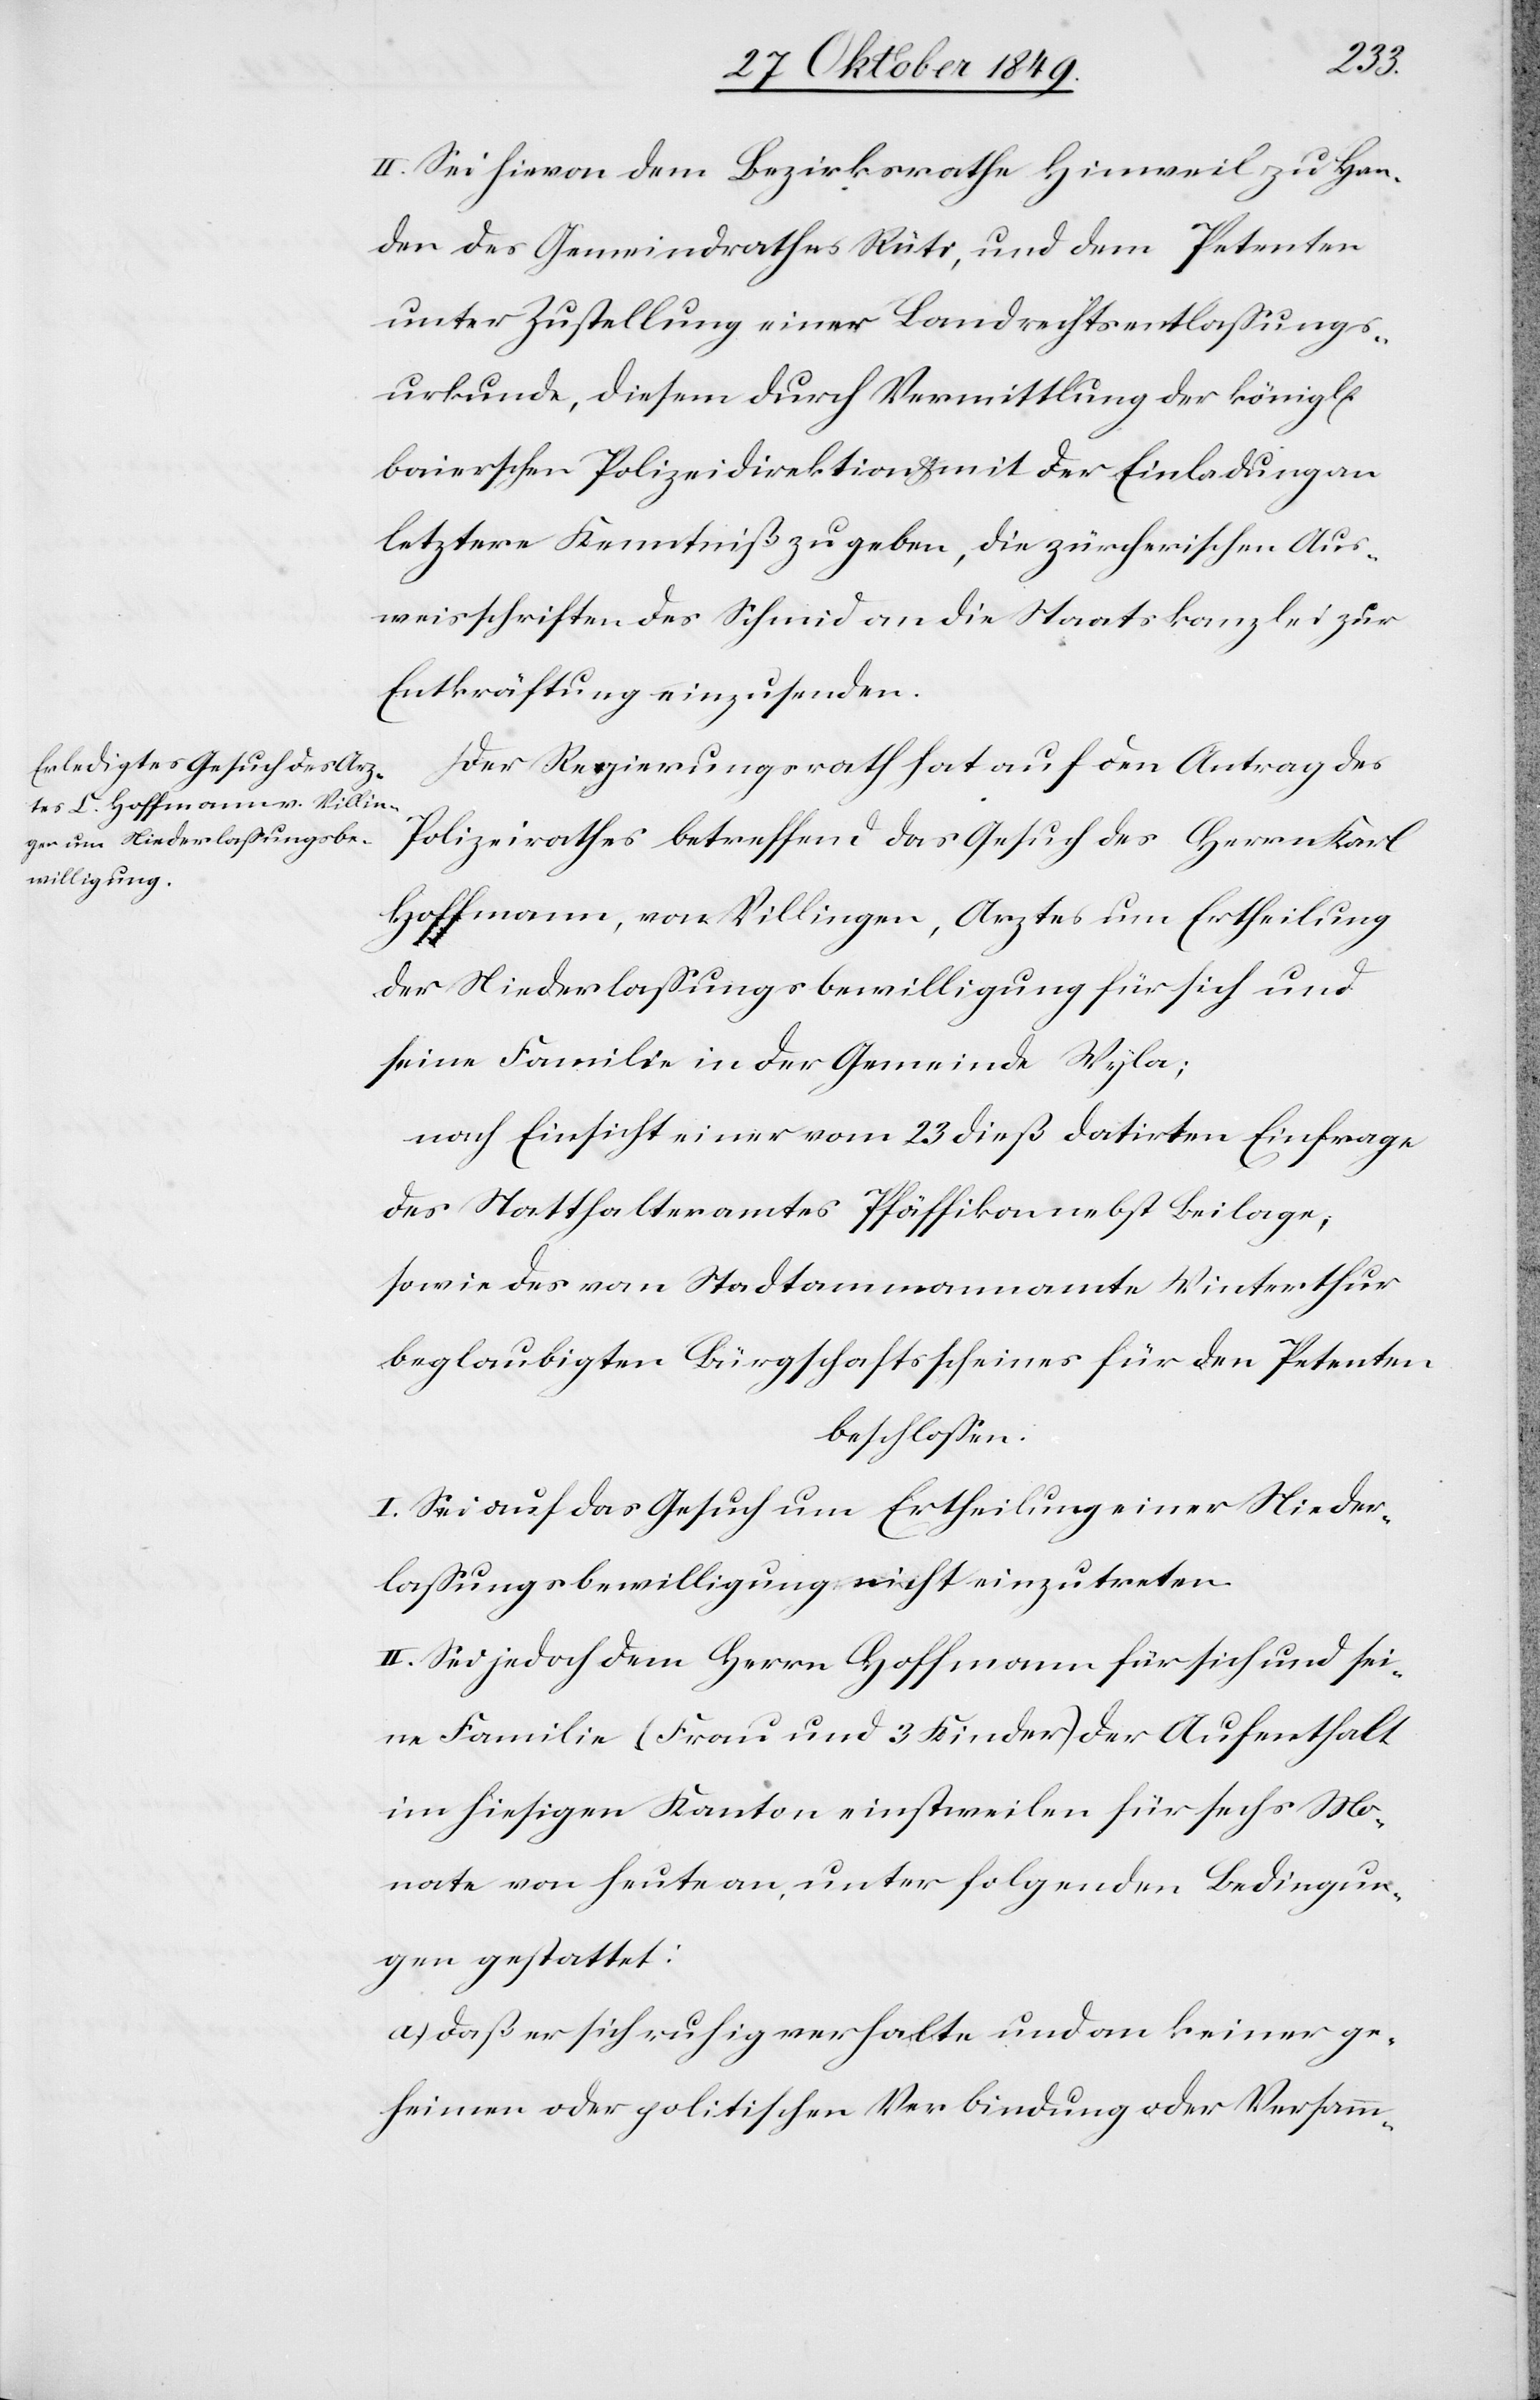
hen]
II. Sei hievon dem Bezirksrathe Hinweil zu Han¬
den des Gemeindrathes Rüti, und dem Petenten
unter Zustellung einer Landrechtsentlaßungs¬
urkunde, diesem durch Vermittlung der königl[ic¬
baierschen Polizeidirektion u. mit der Einladung an
letztere Kenntniß zu geben, die zürcherischen Aus¬
weisschriften des Schmid an die Staatskanzlei zur
Entkräftung einzusenden.
Der Regierungsrath hat auf den Antrag des
Polizeirathes betreffend das Gesuch des Herrn Karl
Hoffmann, von Villingen, Arztes um Ertheilung
der Niederlaßungsbewilligung für sich und
seine Familie in der Gemeinde Wyla;
nach Einsicht einer vom 23 dieß datirten Einfrage
des Statthalteramtes Pfäffikon nebst Beilage,
sowie des vom Stadtammannamte Winterthur
beglaubigten Bürgschaftsscheines für den Petenten
beschloßen:
I. Sei auf das Gesuch um Ertheilung einer Nieder¬
laßungsbewilligung nicht einzutreten.
II. Sei jedoch dem Herrn Hoffmann für sich und sei¬
ne Familie (Frau und 3 Kinder) der Aufenthalt
im hiesigen Kanton einstweilen für sechs Mo¬
nate von heute an, unter folgenden Bedingun¬
gen gestattet:
a) daß er sich ruhig verhalte und an keiner ge¬
heimen oder politischen Verbindung oder Versamm-